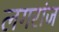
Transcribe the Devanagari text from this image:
लगरांज